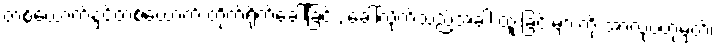
တစ်ယောက်နှင့်တစ်ယောက် တိုက်ရိုက်ခေါ်ခြင်း, ခေါ်လိုက်သည့်အခါ ထူးခြင်းများကို အာလုပ်ဟုမှတ်၊